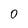
Character: 0